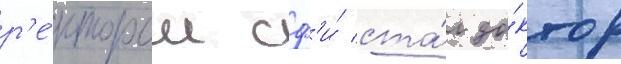
р'е́ктором сф'и́ ста́л до́ктор